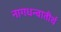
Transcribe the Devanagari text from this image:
नागधन्वातीर्थ